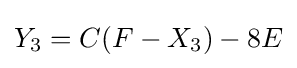
Y_{3}=C(F-X_{3})-8E